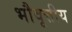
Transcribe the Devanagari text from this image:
भौवृत्तीय